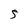
Character: 5